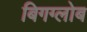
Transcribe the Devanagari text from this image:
बिगग्लोब